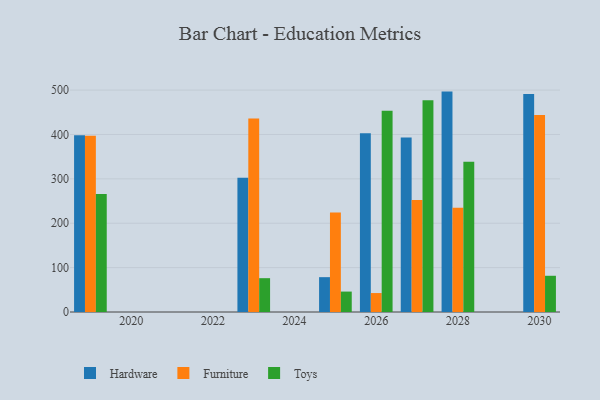
{"axis": {"x": "Year", "y": "Website Visitors"}, "legend": ["Furniture", "Hardware", "Toys"], "data": [{"x": "2025", "y": 78.5, "type": "Hardware"}, {"x": "2025", "y": 224.4, "type": "Furniture"}, {"x": "2025", "y": 46.0, "type": "Toys"}, {"x": "2027", "y": 393.4, "type": "Hardware"}, {"x": "2027", "y": 252.3, "type": "Furniture"}, {"x": "2027", "y": 477.3, "type": "Toys"}, {"x": "2028", "y": 496.6, "type": "Hardware"}, {"x": "2028", "y": 234.9, "type": "Furniture"}, {"x": "2028", "y": 338.4, "type": "Toys"}, {"x": "2030", "y": 491.0, "type": "Hardware"}, {"x": "2030", "y": 444.1, "type": "Furniture"}, {"x": "2030", "y": 81.6, "type": "Toys"}, {"x": "2023", "y": 302.5, "type": "Hardware"}, {"x": "2023", "y": 435.9, "type": "Furniture"}, {"x": "2023", "y": 76.2, "type": "Toys"}, {"x": "2019", "y": 398.3, "type": "Hardware"}, {"x": "2019", "y": 396.9, "type": "Furniture"}, {"x": "2019", "y": 265.9, "type": "Toys"}, {"x": "2026", "y": 402.6, "type": "Hardware"}, {"x": "2026", "y": 42.7, "type": "Furniture"}, {"x": "2026", "y": 453.6, "type": "Toys"}]}